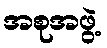
အစုအဖွဲ့